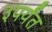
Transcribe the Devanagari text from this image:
३पर्यंत